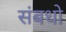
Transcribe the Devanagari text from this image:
संबधो